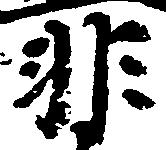
非